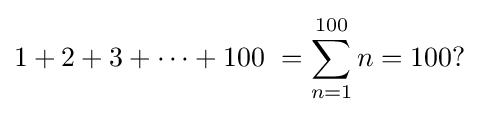
1+2+3+\cdots +100\ =\sum _{n=1}^{100}n=100?